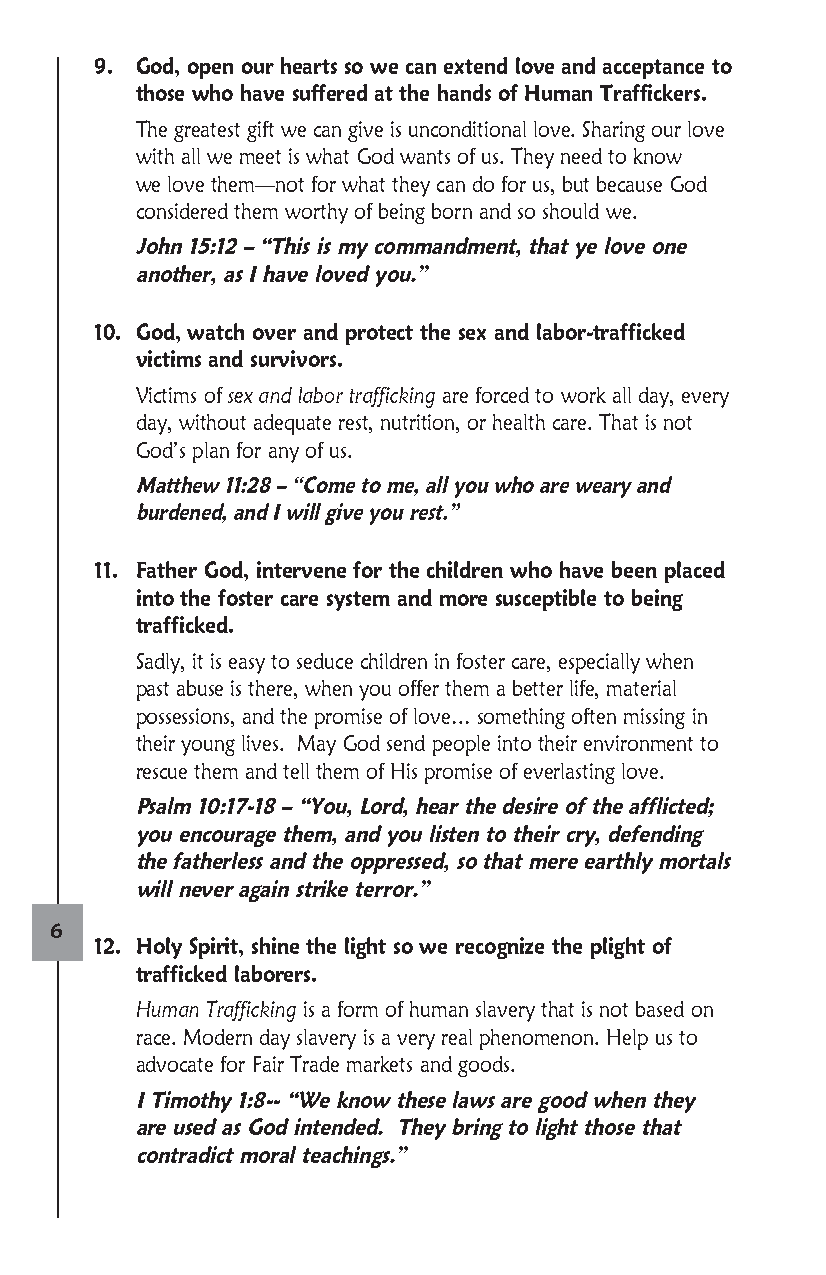
9. God, open our hearts so we can extend love and acceptance to
 those who have suffered at the hands of Human Traffickers.
 T he greatest gift we can give is unconditional love. Sharing our love
 with all we meet is what God wants of us. They need to know
 we love them—not for what they can do for us, but because God
 considered them worthy of being born and so should we.
 J ohn 15:12 – “This is my commandment, that ye love one
 another, as I have loved you.”
 10. G od, watch over and protect the sex and labor-trafficked
 victims and survivors.
 Victims of sex and labor trafficking are forced to work all day, every
 day, without adequate rest, nutrition, or health care. That is not
 God’s plan for any of us.
 M atthew 11:28 – “Come to me, all you who are weary and
 burdened, and I will give you rest.”
 11. F ather God, intervene for the children who have been placed
 into the foster care system and more susceptible to being
 trafficked.
 S adly, it is easy to seduce children in foster care, especially when
 past abuse is there, when you offer them a better life, material
 possessions, and the promise of love… something often missing in
 their young lives. May God send people into their environment to
 rescue them and tell them of His promise of everlasting love.
 P salm 10:17-18 – “You, Lord, hear the desire of the afflicted;
 you encourage them, and you listen to their cry, defending
 the fatherless and the oppressed, so that mere earthly mortals
 will never again strike terror.”
 6
 12. H oly Spirit, shine the light so we recognize the plight of
 trafficked laborers.
 Human Trafficking is a form of human slavery that is not based on
 race. Modern day slavery is a very real phenomenon. Help us to
 advocate for Fair Trade markets and goods.
 I Timothy 1:8-- “We know these laws are good when they
 are used as God intended. They bring to light those that
 contradict moral teachings.”